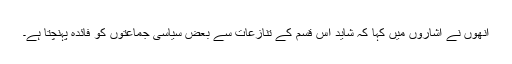
انھوں نے اشاروں میں کہا کہ شاید اس قسم کے تنازعات سے بعض سیاسی جماعتوں کو فائدہ پہنچتا ہے۔